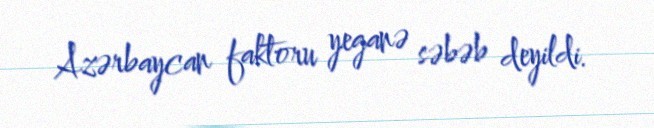
Azərbaycan faktoru yeganə səbəb deyildi.